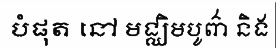
បំផុត នៅ មជ្ឈិមបូព៌ា និង